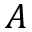
A